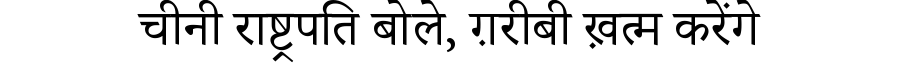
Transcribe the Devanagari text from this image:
चीनी राष्ट्रपति बोले, ग़रीबी ख़त्म करेंगे